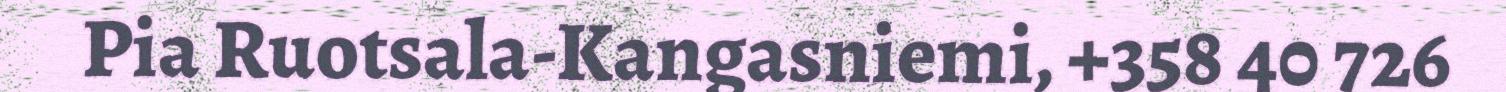
Pia Ruotsala-Kangasniemi, +358 40 726